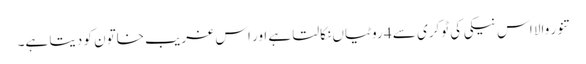
تنور والا اس نیکی کی ٹوکری سے 4 روٹیاں نکالتا ہے اور اس غریب خاتون کو دیتا ہے۔